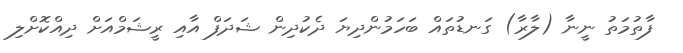
ފާތުމަތު ނީނާ (ލާރާ) ގަނޑުތައް ބަހަމުންދިޔަ ދެކުދިން ޝަދަފް އާއި ރީޝަމްއަށް ދިއްކޮށްލި